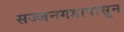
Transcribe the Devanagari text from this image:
सज्जनगडापासून